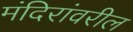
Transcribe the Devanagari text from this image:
मंदिरांवरील